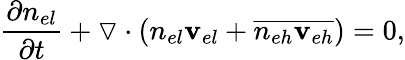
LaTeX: \frac{\partial n_{el}}{\partial t}+\triangledown\cdot(n_{el}\mathbf{v}_{el}+\overline{{n_{eh}\mathbf{v}_{eh}}})=0,